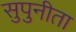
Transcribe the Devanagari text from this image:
सुपुनीता